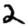
Digit: 2